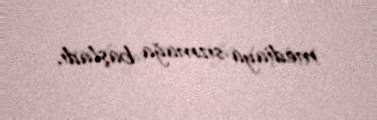
mediaya sızmağa başladı.